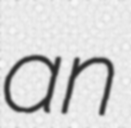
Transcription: an